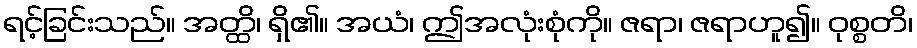
ရင့်ခြင်းသည်။ အတ္ထိ၊ ရှိ၏။ အယံ၊ ဤအလုံးစုံကို။ ဇရာ၊ ဇရာဟူ၍။ ဝုစ္စတိ၊